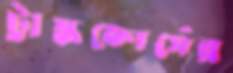
ট্রাস্কফোর্সের